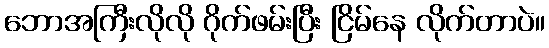
ဘောအကြီးလိုလို ဂိုက်ဖမ်းပြီး ငြိမ်နေ လိုက်တာပဲ။